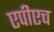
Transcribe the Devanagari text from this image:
एपीएच